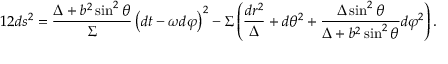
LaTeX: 1 2 d s ^ { 2 } = \frac { \Delta + b ^ { 2 } \sin ^ { 2 } \theta } { \Sigma } \left( d t - \omega d \varphi \right) ^ { 2 } - \Sigma \left( \frac { d r ^ { 2 } } { \Delta } + d \theta ^ { 2 } + \frac { \Delta \sin ^ { 2 } \theta } { \Delta + b ^ { 2 } \sin ^ { 2 } \theta } d \varphi ^ { 2 } \right) .